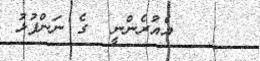
އެއުރެންނީ  ގެ ނަންފުޅު